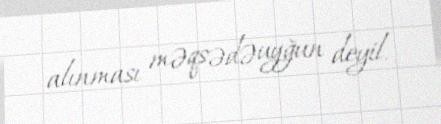
alınması məqsədəuyğun deyil.